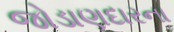
જોડાણદારના